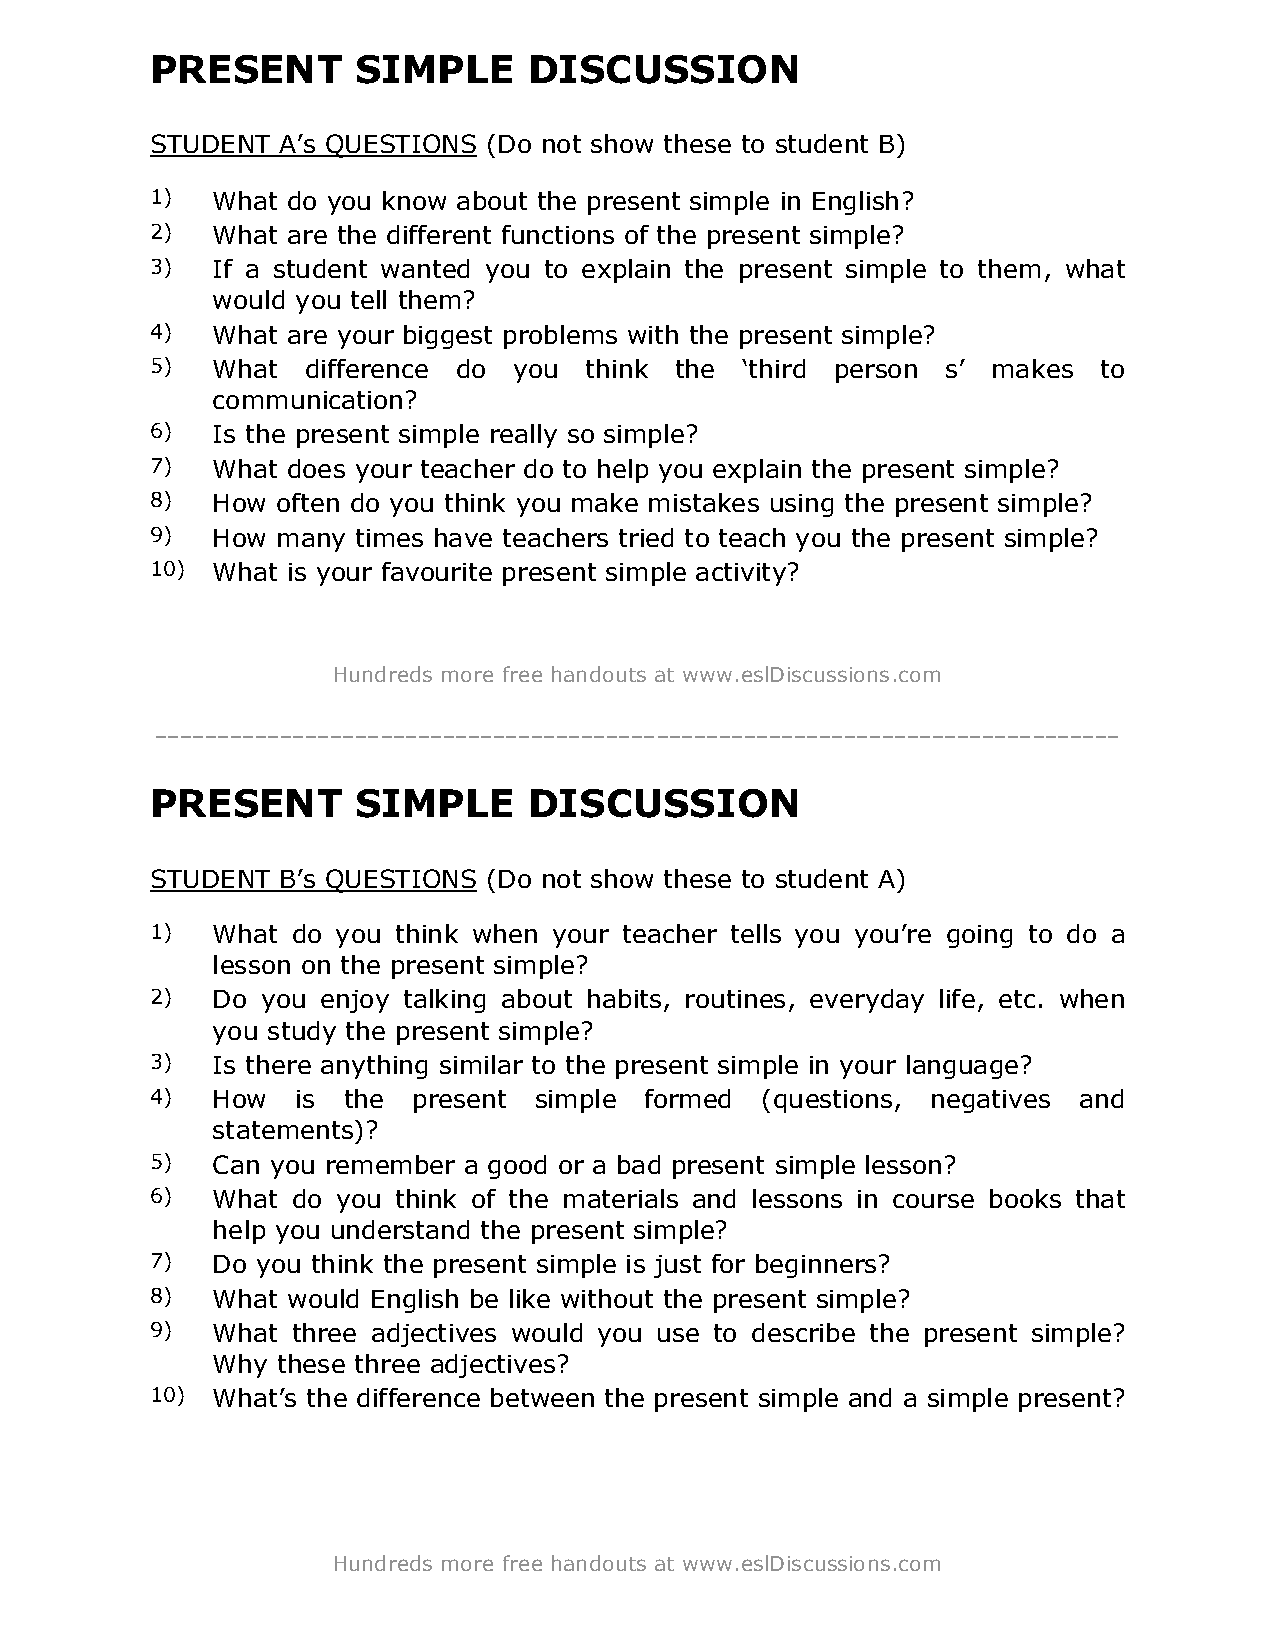
PRESENT       SIMPLE     DISCUSSION
 STUDENT A’s QUESTIONS (Do not show these to student B)
 1)  What do you know about the present simple in English?
 2)  What are the different functions of the present simple?
 3)  If a student wanted you to explain the present simple to them, what
 would you tell them?
 4)  What are your biggest problems with the present simple?
 5)  What  difference do you  think the ‘third person s’ makes  to
 communication?
 6)  Is the present simple really so simple?
 7)  What does your teacher do to help you explain the present simple?
 8)  How often do you think you make mistakes using the present simple?
 9)  How many  times have teachers tried to teach you the present simple?
 10) What is your favourite present simple activity?
 Hundreds more free handouts at www.eslDiscussions.com
 -----------------------------------------------------------------------------
 PRESENT       SIMPLE     DISCUSSION
 STUDENT B’s QUESTIONS (Do not show these to student A)
 1)  What do you think when your teacher tells you you’re going to do a
 lesson on the present simple?
 2)  Do you enjoy talking about habits, routines, everyday life, etc. when
 you study the present simple?
 3)  Is there anything similar to the present simple in your language?
 4)  How   is the present simple  formed (questions, negatives and
 statements)?
 5)  Can you remember a good or a bad present simple lesson?
 6)  What do you think of the materials and lessons in course books that
 help you understand the present simple?
 7)  Do you think the present simple is just for beginners?
 8)  What would English be like without the present simple?
 9)  What three adjectives would you use to describe the present simple?
 Why these three adjectives?
 10) What’s the difference between the present simple and a simple present?
 Hundreds more free handouts at www.eslDiscussions.com